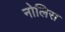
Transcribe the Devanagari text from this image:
नोलिस